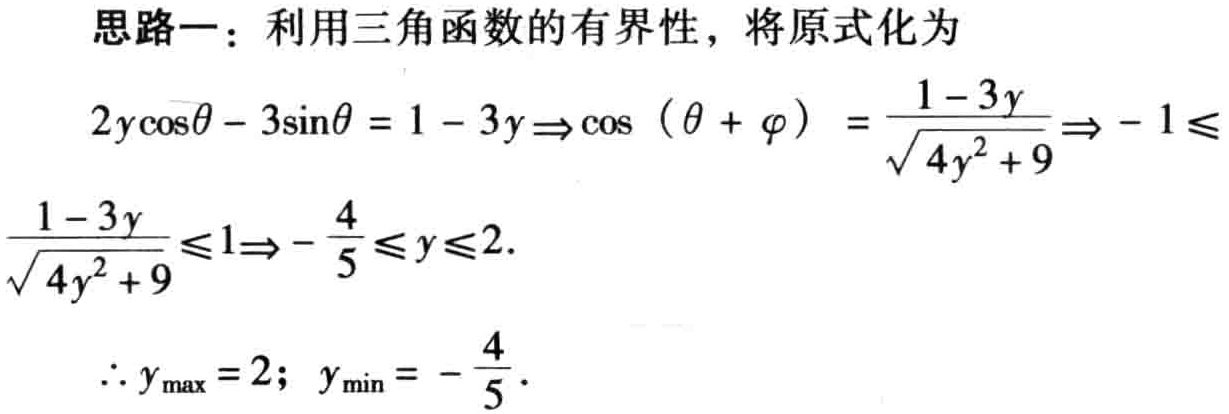
思路一：利用三角函数的有界性，将原式化为
\[
\begin{align*}
2y\cos\theta - 3\sin\theta&= 1 - 3y\Rightarrow\cos(\theta + \varphi)=\frac{1 - 3y}{\sqrt{4y^{2}+9}}\Rightarrow - 1\leqslant\\
\frac{1 - 3y}{\sqrt{4y^{2}+9}}&\leqslant1\Rightarrow - \frac{4}{5}\leqslant y\leqslant2.
\end{align*}
\]
\(\therefore y_{\max}=2\)；\(y_{\min}= - \frac{4}{5}\)。